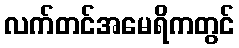
လက်တင်အမေရိကတွင်